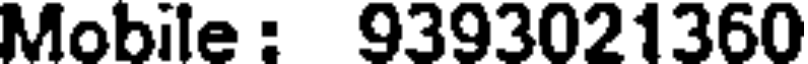
Mobile : 9393021360